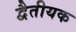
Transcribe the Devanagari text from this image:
द्वैतीयक